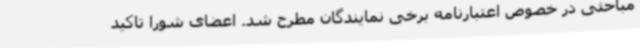
مباحثی در خصوص اعتبارنامه برخی نمایندگان مطرح شد. اعضای شورا تاکید